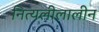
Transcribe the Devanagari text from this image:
नित्यलीलालीन